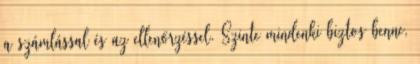
a számlással és az ellenőrzéssel. Szinte mindenki biztos benne,